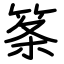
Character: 筿